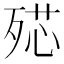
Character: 𣨠